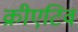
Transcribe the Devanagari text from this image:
क्रीएटिव